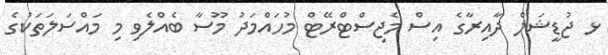
ޅ ޖުޑީޝަލް ދާއިރާގެ އިސް މެޖިސްޓްރޭޓް މުހައްމަދު މޫސާ ބެއްލެވި މި މައްސަލަތަކުގެ